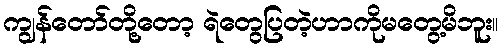
ကျွန်တော်တို့တော့ ရဲတွေပြတဲ့ဟာကိုမတွေ့မိဘူး။